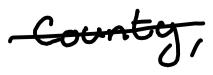
Text: county,
Cross-out: single-line
Writing tool: digital_black